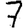
Digit: 7